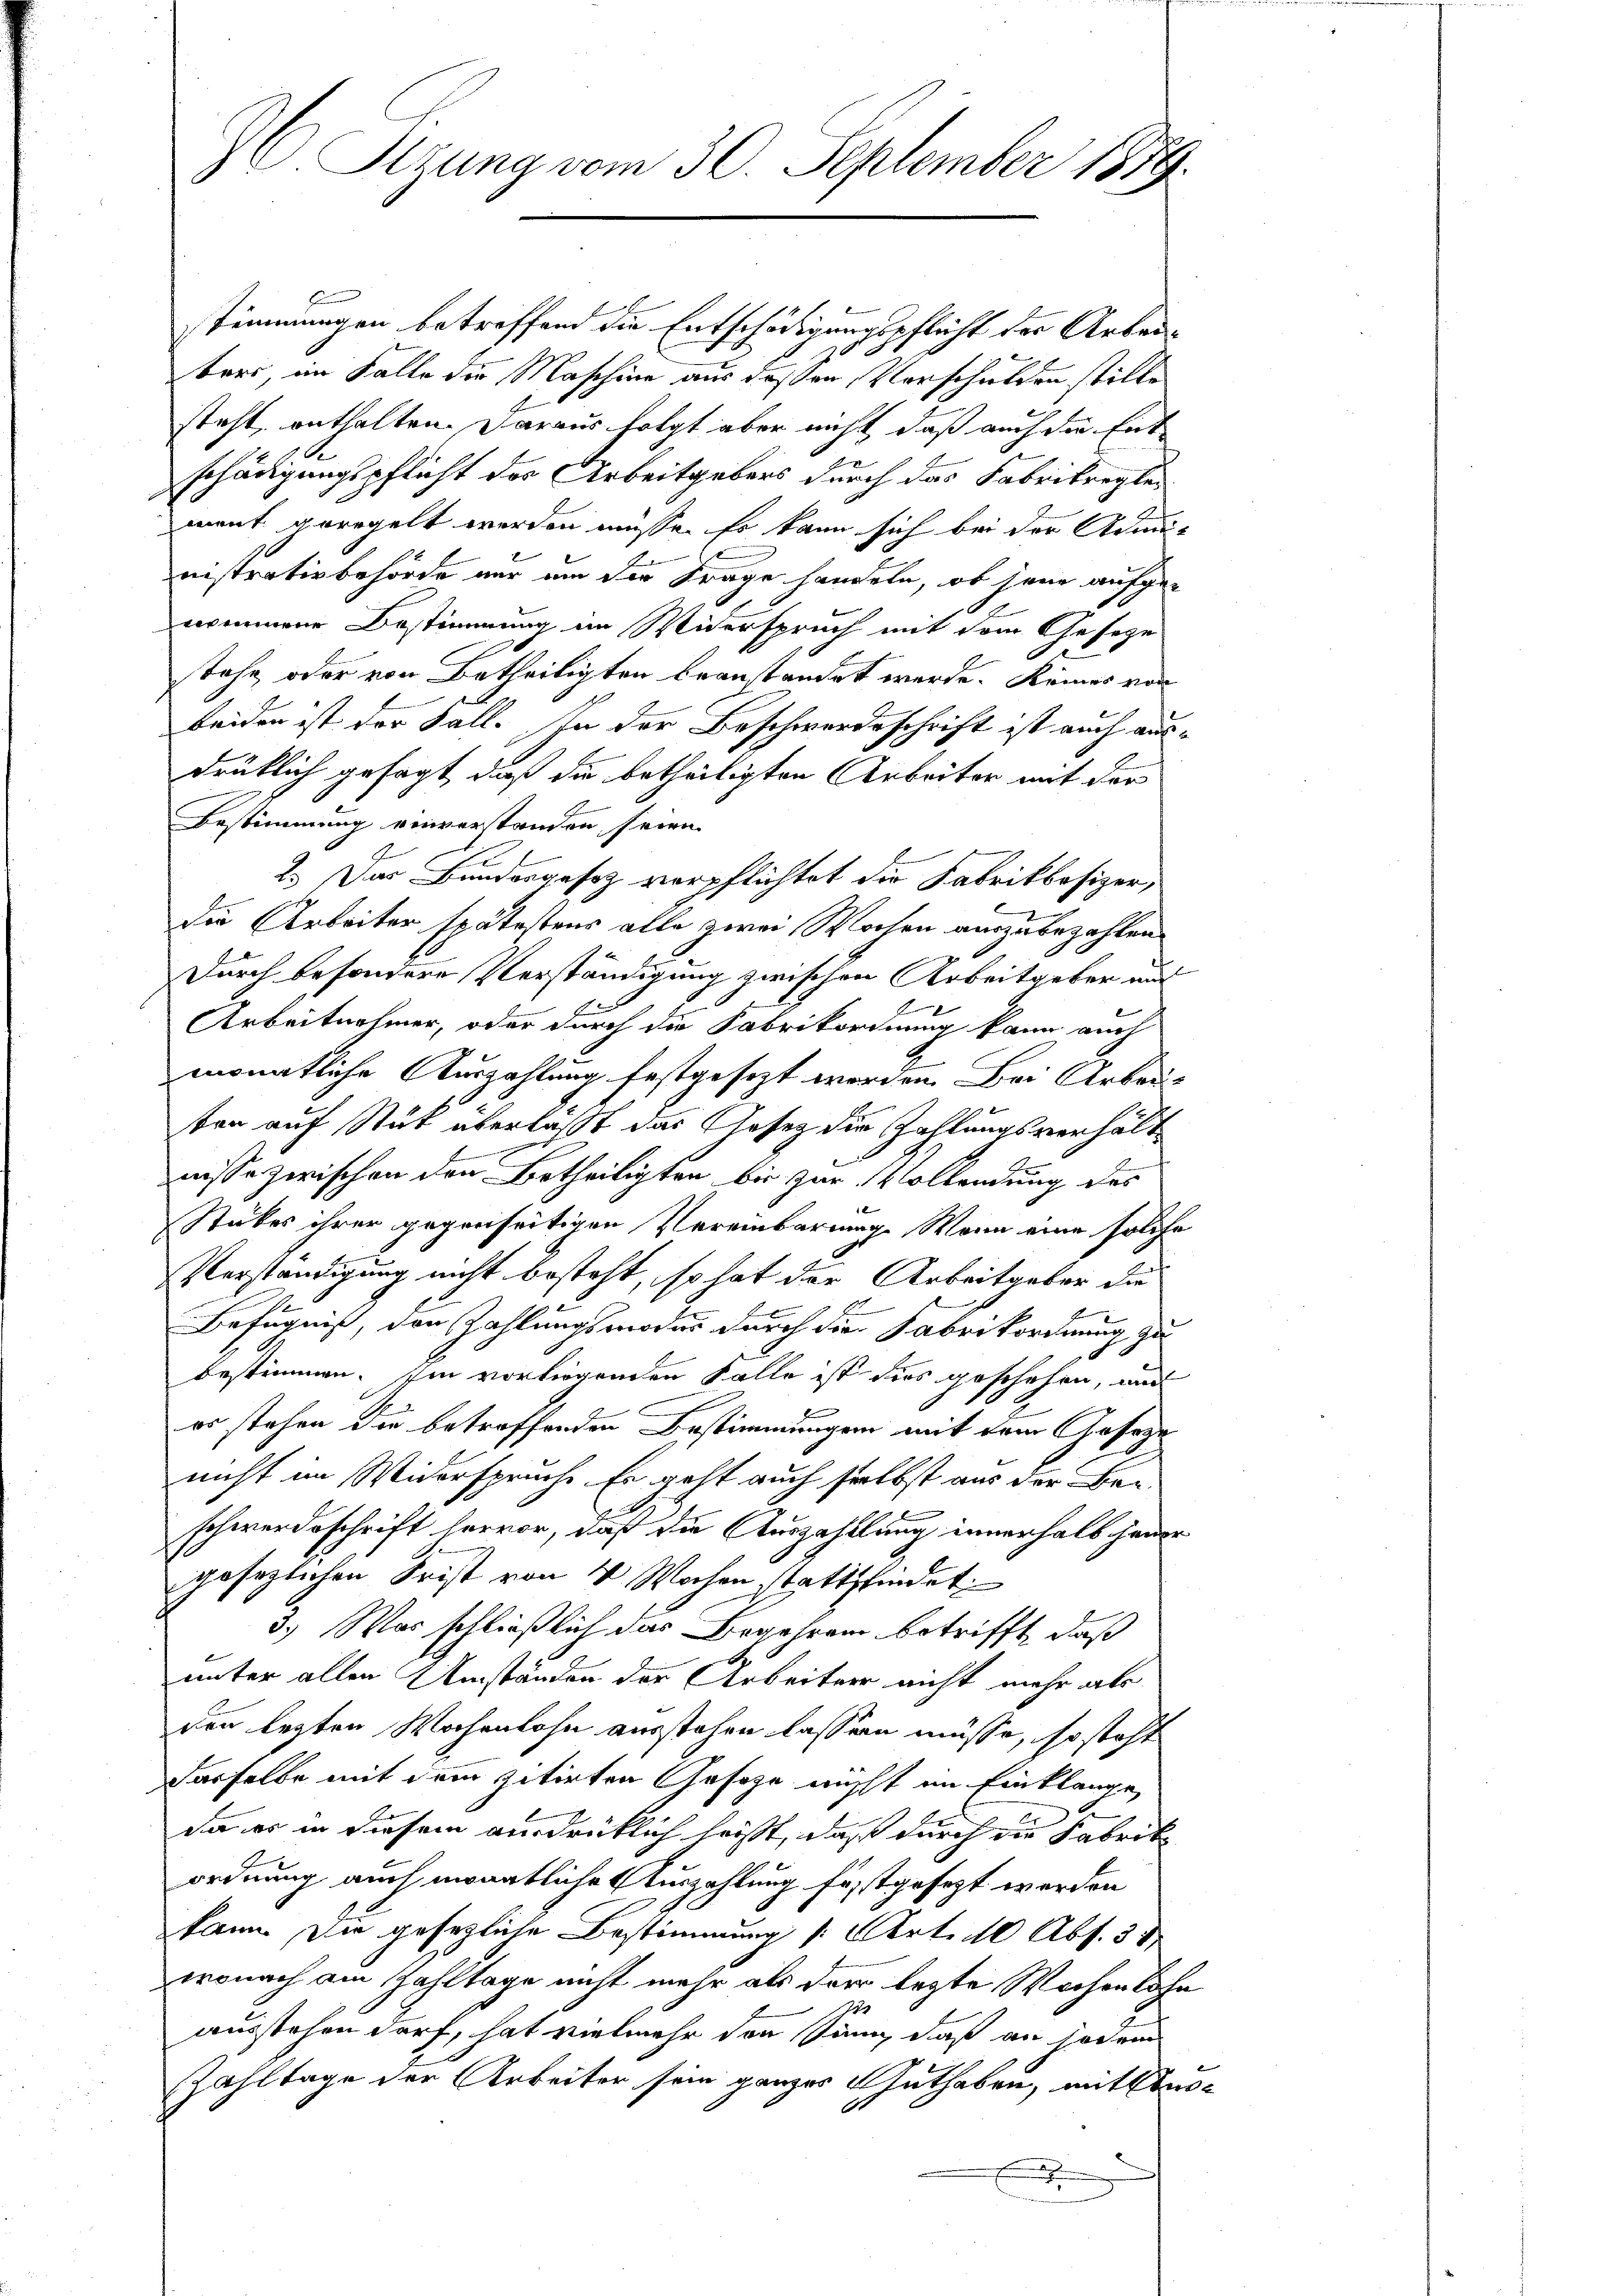
3 J. Sitzung vom 30. September 1879.

stimmungen betreffend die Entschädigungspflicht der Arbeibars, im Falle die Maschine aus dessen Vorschulden stille
steht, enthalten. Daraus folgt aber nicht daß auch die Ent-
.
schädigungspflicht der Arbeitgebers durch das Fabrikreglemont geregelt werden müsse. Es kann sich bei der Admi-
nistrativbehörde nur um der Frage handeln, ob jene aufge-
nommene Bestimmung im Widerspruch mit dem Gesetze
stehe, oder von Betheiligten beanstandet werde. Keines von
beiden ist der Fall. In der Beschwerdeschrift ist auch ausdrüklich gesagt, daß die betheiligten Arbeiter mit der
Bestimmung einverstanden seien.
2.) Das Bundesgesetz verpflichtet die Fabrikbesizer,
die Arbeiter spätestens alle zwei Wochen auszubezahlen
Durch besondere Verständigung zwischen Arbeitgeber and
Arbeitnehmer, oder durch die Fabrikordnung kann auch
monatliche Auszahlung festgesezt worden. Bei Arbauten auf Stück überlasst das Gesetz die Zahlungsverhältnisse zerischen den Betheiligten bis zur Vollendung des
Stubes ihrer gegenseitigen Vereinbarung. Wenn eine solche
Verständigung nicht besteht, so hat der Arbeitgeber die
Befugniß, den Zahlungsmoder durch die Fabrikordnung zu
bestimmen. Ein vorliegenden Falle ist dies geschehen, und
or stehen die betreffenden Bestimmungen mit dem Gesetze
nicht im Widerspruche. Er geht auch selbst aus der Be-
schwerdeschrift hervor, daß die Auszahlung innerhalb jener
gesezlichen Frist von 4 Wochen stattfindet
3.) Was schließlich das Begehren betrifft, daß
unter allen Umständen der Arbeiter nicht mehr als
den lezten Wochenlohn ausstehen lassen müsse, so steht
dasselbe mit dem zitirten Geseze nicht im Einklange
da es in diesem ausdrücklich heißt, daß durch die Fabrik
ordnung auch monatliche Auszahlung festgesezt werden
kann. Die gesezliche Bestimmung s. Art. 110 Abs. 3 d
wonach am Zahltage nicht mehr als der lezte Wochen Sohn
72
ausstehen darf, hat vielmehr den sinn, daß an jedem
Zahltage der Arbeiter sein ganzes Guthaben, mit Aus¬
.